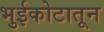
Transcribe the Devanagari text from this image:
भुईकोटातून